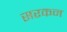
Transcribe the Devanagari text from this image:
सरकन